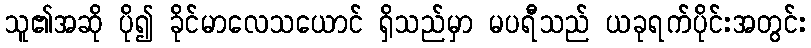
သူ၏အဆို ပို၍ ခိုင်မာလေသယောင် ရှိသည်မှာ မပရီသည် ယခုရက်ပိုင်းအတွင်း